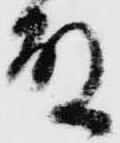
殿